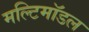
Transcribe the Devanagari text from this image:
मल्टिमॉडल